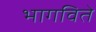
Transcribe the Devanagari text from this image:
भागविते